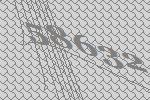
58632